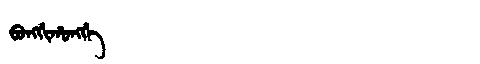
Manchu: ᠪᠣᠩᡤᡳᡥᠣᠩᡤᡝ
Romanization: BONGGIHONGGE